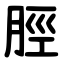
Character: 脛